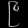
Digit: ၉